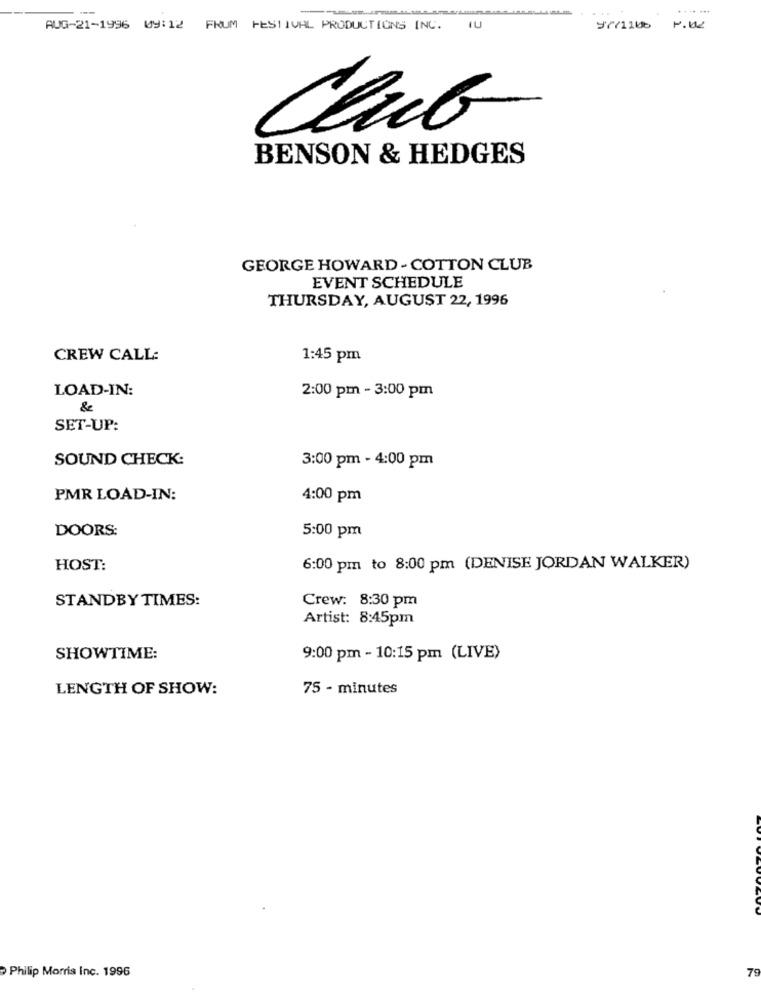
AUG-21-1996 09:12 FRUM FESTIVAL PRODUCTIONS INC. TU
9'771106
P.02
Club
BENSON & HEDGES
GEORGE HOWARD - COTTON CLUB
EVENT SCHEDULE
THURSDAY, AUGUST 22, 1996
CREW CALL:
1:45 pm
LOAD-IN:
2:00 pm - 3:00 pm
&
SET-UP:
SOUND CHECK:
3:00 pm - 4:00 pm
PMR LOAD-IN:
4:00 pm
DOORS:
5:00 pm
HOST:
6:00 pm to 8:00 pm (DENISE JORDAN WALKER)
STANDBY TIMES:
Crew: 8:30 pm
Artist: 8:45pm
SHOWTIME:
9:00 pm - 10:15 pm (LIVE)
LENGTH OF SHOW:
75 - minutes
Philip Morris Inc. 1996
79